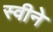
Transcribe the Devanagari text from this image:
स्वीने